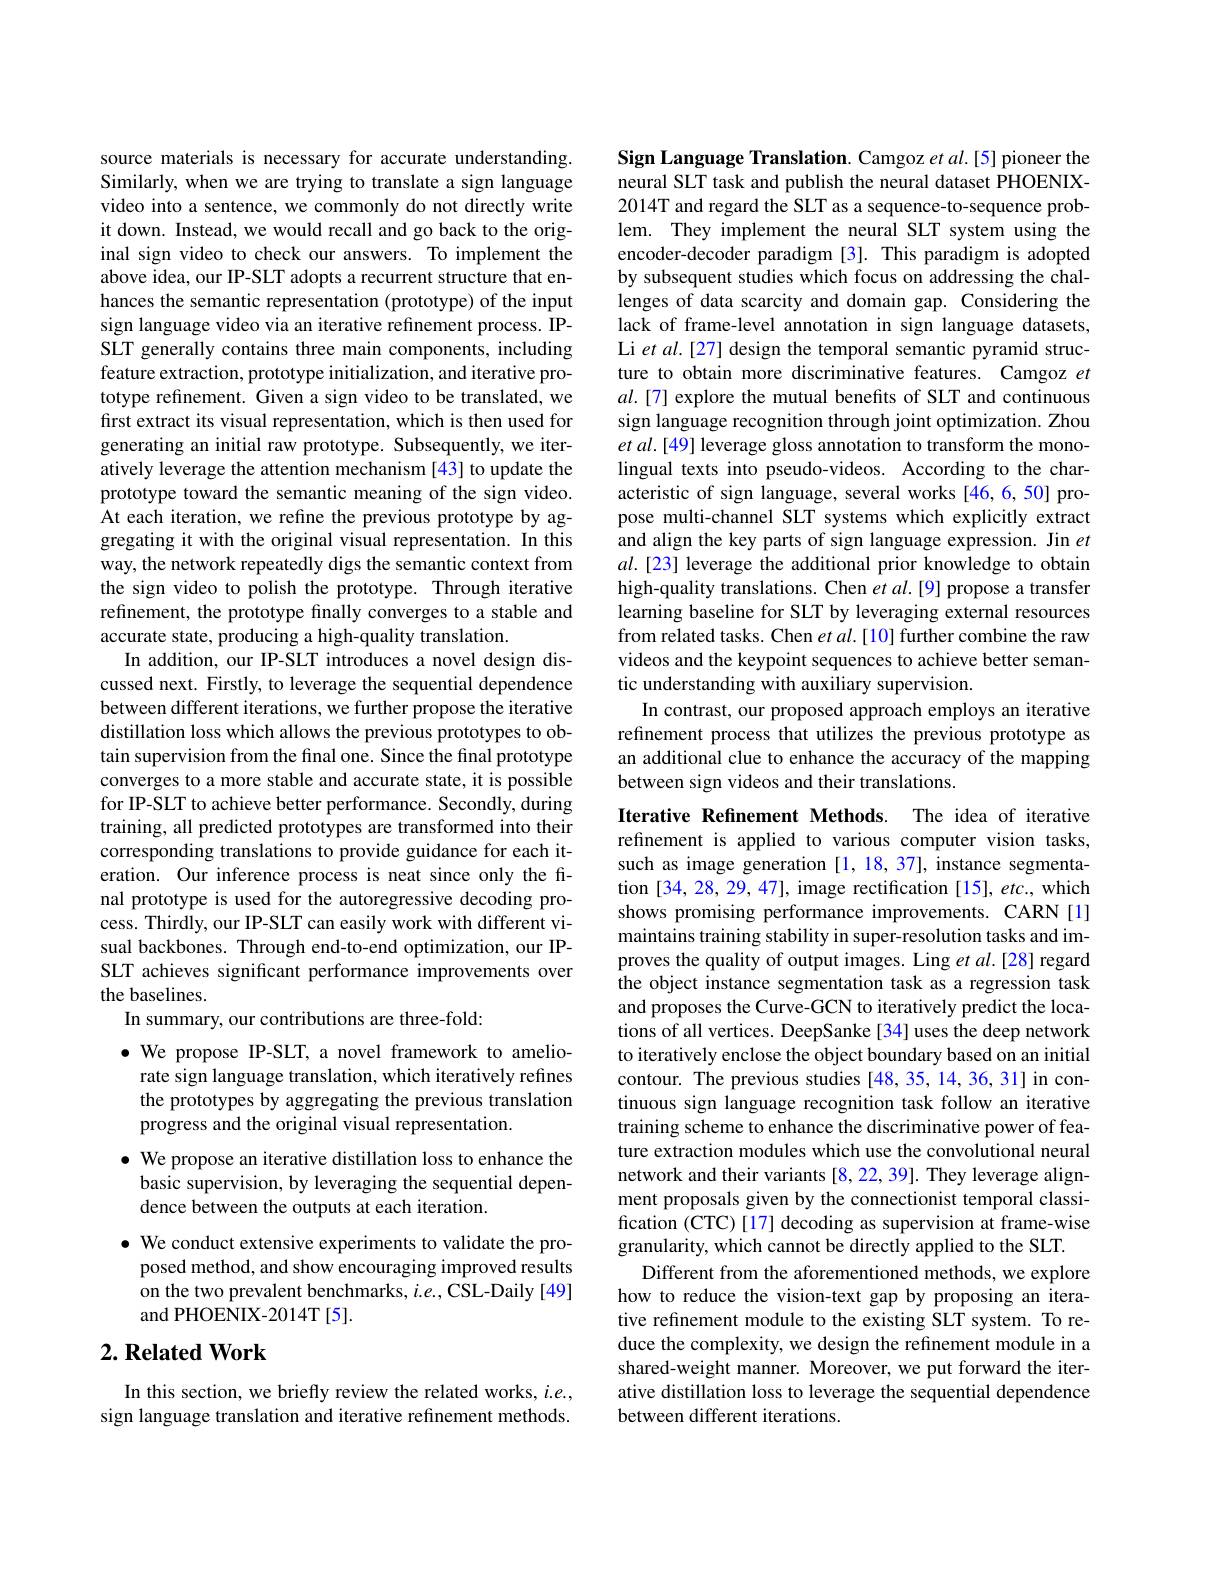
source materials is necessary for accurate understanding. Similarly, when we are trying to translate a sign language video into a sentence, we commonly do not directly write it down. Instead, we would recall and go back to the original sign video to check our answers. To implement the above idea, our IP-SLT adopts a recurrent structure that enhances the semantic representation (prototype) of the input sign language video via an iterative refinement process. IPSLT generally contains three main components, including feature extraction, prototype initialization, and iterative prototype refinement. Given a sign video to be translated, we first extract its visual representation, which is then used for generating an initial raw prototype. Subsequently, we iteratively leverage the attention mechanism [43] to update the prototype toward the semantic meaning of the sign video. At each iteration, we refine the previous prototype by aggregating it with the original visual representation. In this way, the network repeatedly digs the semantic context from the sign video to polish the prototype. Through iterative refinement, the prototype finally converges to a stable and accurate state, producing a high-quality translation.
In addition, our IP-SLT introduces a novel design discussed next. Firstly, to leverage the sequential dependence between different iterations, we further propose the iterative distillation loss which allows the previous prototypes to obtain supervision from the final one. Since the final prototype converges to a more stable and accurate state, it is possible for IP-SLT to achieve better performance. Secondly, during training, all predicted prototypes are transformed into their corresponding translations to provide guidance for each iteration. Our inference process is neat since only the final prototype is used for the autoregressive decoding process. Thirdly, our IP-SLT can easily work with different visual backbones. Through end-to-end optimization, our IPSLT achieves significant performance improvements over the baselines.
In summary, our contributions are three-fold:
$\bullet$ We propose IP-SLT, a novel framework to amelio-
rate sign language translation, which iteratively refines the prototypes by aggregating the previous translation progress and the original visual representation.
$\bullet$ We propose an iterative distillation loss to enhance the
basic supervision, by leveraging the sequential depen-
dence between the outputs at each iteration.
$\bullet$ We conduct extensive experiments to validate the pro-
posed method, and show encouraging improved results on the two prevalent benchmarks, $i.e.$, CSL-Daily [49] and PHOENIX-2014T[5].

## $2. \textbf{Related Work}$

In this section, we briefly review the related works, $i.e.$, sign language translation and iterative refinement methods.

Sign Language Translation. Camgoz et al.[5] pioneer the neural SLT task and publish the neural dataset PHOENIX- 2014T and regard the SLT as a sequence-to-sequence problem. They implement the neural SLT system using the encoder-decoder paradigm [3]. This paradigm is adopted by subsequent studies which focus on addressing the challenges of data scarcity and domain gap. Considering the lack of frame-level annotation in sign language datasets, Li et al.[27] design the temporal semantic pyramid structure to obtain more discriminative features. Camgoz et $al.[7]$ explore the mutual benefits of SLT and continuous sign language recognition through joint optimization. Zhou et al.[49] leverage gloss annotation to transform the monolingual texts into pseudo-videos. According to the characteristic of sign language, several works [46,6,50] propose multi-channel SLT systems which explicitly extract and align the key parts of sign language expression. Jin $et$ $al.[23]$ leverage the additional prior knowledge to obtain high-quality translations. Chen et al.[9] propose a transfer learning baseline for SLT by leveraging external resources from related tasks. Chen $etal.[10]$ further combine the raw videos and the keypoint sequences to achieve better semantic understanding with auxiliary supervision.
In contrast, our proposed approach employs an iterative refinement process that utilizes the previous prototype as an additional clue to enhance the accuracy of the mapping between sign videos and their translations.
Iterative Refinement Methods. The idea of iterative

refinement is applied to various computer vision tasks, such as image generation [1,18,37], instance segmentation [34, 28, 29, 47], image rectification [15], etc., which shows promising performance improvements. CARN[1] maintains training stability in super-resolution tasks and improves the quality of output images. Ling et al.[28] regard the object instance segmentation task as a regression task and proposes the Curve-GCN to iteratively predict the locations of all vertices. DeepSanke[34] uses the deep network to iteratively enclose the object boundary based on an initial contour. The previous studies [48,35,14,36,31] in continuous sign language recognition task follow an iterative training scheme to enhance the discriminative power of feature extraction modules which use the convolutional neural network and their variants [8,22,39]. They leverage alignment proposals given by the connectionist temporal classification (CTC)[17] decoding as supervision at frame-wise granularity, which cannot be directly applied to the SLT.
Different from the aforementioned methods, we explore how to reduce the vision-text gap by proposing an iterative refinement module to the existing SLT system. To reduce the complexity, we design the refinement module in a shared-weight manner. Moreover, we put forward the iterative distillation loss to leverage the sequential dependence between different iterations.